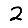
Digit: 2